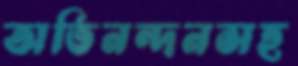
অভিনন্দনসহ